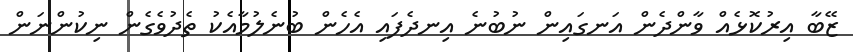
ޒޭބާ އިރުކޮޅެއް ވާންދެން އަނގައިން ނުބުނެ އިނދެފައި އެހެން ބުނެލުމާއެކު ތެދުވެގެން ނިކުންނަން